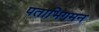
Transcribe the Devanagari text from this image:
पताभिगमन